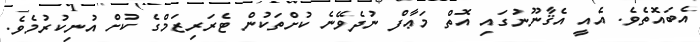
އެބައޮތެވެ. އެއީ އެޤާނޫނުގައި އޮތް މަޢާފް ނުދެވޭނެ ކުށްތަކުން ޓެރަރިޒަމްގެ ކުށް އުނިކުރުމެވެ.